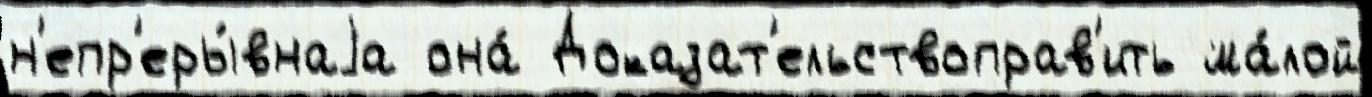
н'епр'еры́внаjа она́ Доказат'ельствоправ'ить ма́лой